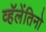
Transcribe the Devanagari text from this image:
व्हॅलेंतिनो